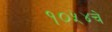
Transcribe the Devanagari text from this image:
१०५४चे